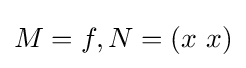
M=f,N=(x\ x)